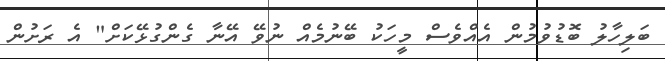
ބަލިހާލު ބޮޑުވުމުން އެއްވެސް މީހަކު ބޭނުމެއް ނުވޭ އޭނާ ގެންގުޅޭކަށް" އެ ރަށުން